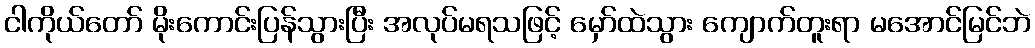
ငါကိုယ်တော် မိုးကောင်းပြန်သွားပြီး အလုပ်မရသဖြင့် မှော်ထဲသွား ကျောက်တူးရာ မအောင်မြင်ဘဲ